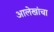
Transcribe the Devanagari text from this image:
आलेखांचा